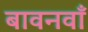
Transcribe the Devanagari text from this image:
बावनवाँ